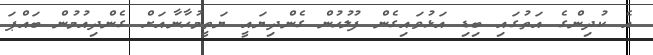
އެ ކުދިންގެ އަތުގައި ބިޑި އަޅުވައިގެން ފުލުހުން ގެންދިޔައީ ޔަތީމުހާނާއަށް ގެންދިއުމުން ބައްޕަ